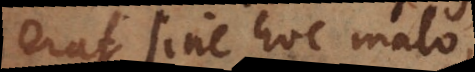
erat sine hoc malo,